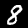
Label: 8